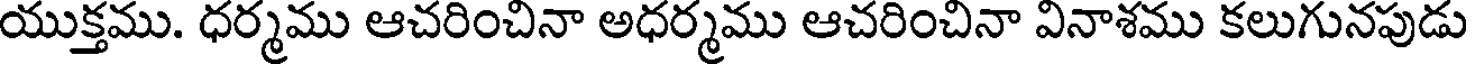
యుక్తము. ధర్మము ఆచరించినా అధర్మము ఆచరించినా వినాశము కలుగునపుడు